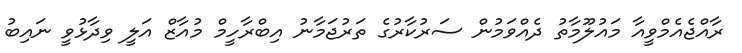
ރާއްޖެއެމްވީއާ މައުލޫމާތު ދެއްވަމުން ސަރުކާރުގެ ތަރުޖަމާނު އިބްރާހީމް މުއާޒް އަލީ ވިދާޅުވީ ނައިބު